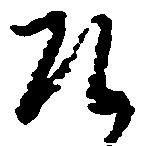
そ